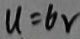
u = 6 v